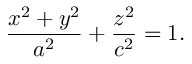
{ \frac { x ^ { 2 } + y ^ { 2 } } { a ^ { 2 } } } + { \frac { z ^ { 2 } } { c ^ { 2 } } } = 1 .